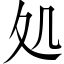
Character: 処